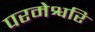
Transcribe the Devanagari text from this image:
परमेश्वरि